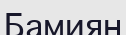
Бамиян